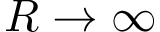
R \rightarrow \infty